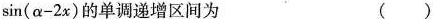
=sin(\alpha -2x)$$的单调递增区间为 ( )